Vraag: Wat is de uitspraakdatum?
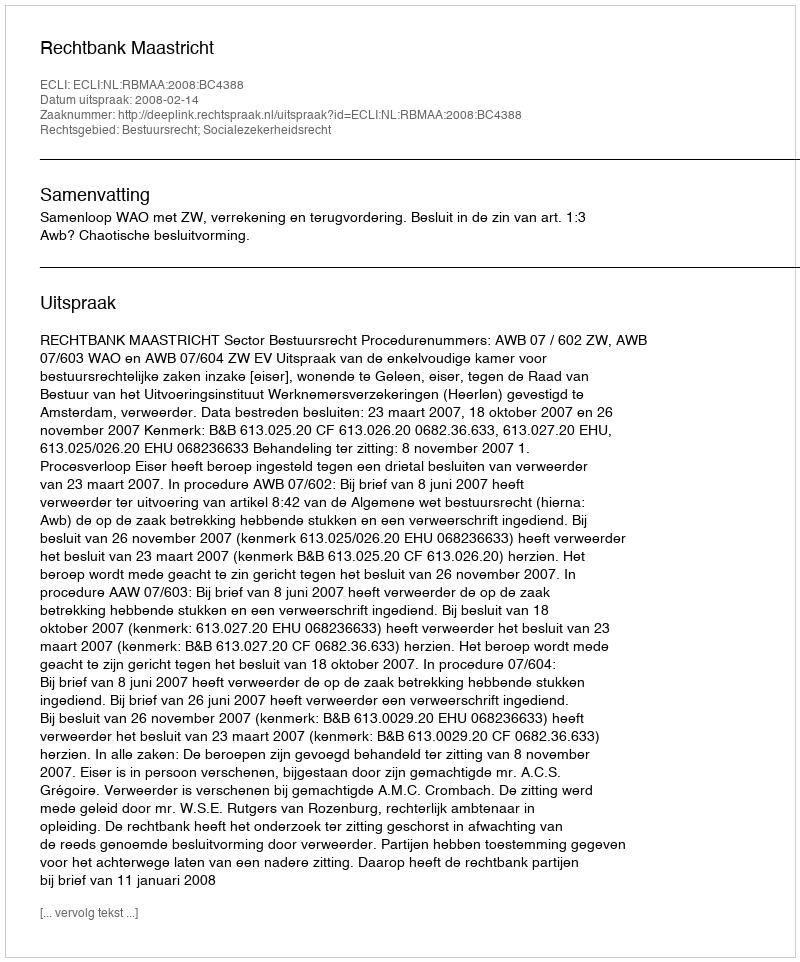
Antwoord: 2008-02-14